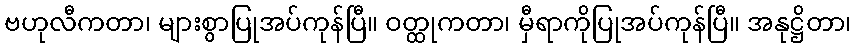
ဗဟုလီကတာ၊ များစွာပြုအပ်ကုန်ပြီ။ ဝတ္ထုကတာ၊ မှီရာကိုပြုအပ်ကုန်ပြီ။ အနုဋ္ဌိတာ၊